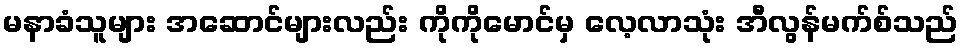
မနာခံသူများ အဆောင်များလည်း ကိုကိုမောင်မှ လေ့လာသုံး အီလွန်မက်စ်သည်